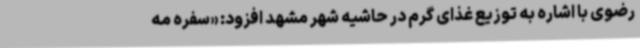
رضوی با اشاره به توزیع غذای گرم در حاشیه شهر مشهد افزود: «سفره مه